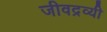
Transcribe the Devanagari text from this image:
जीवद्रव्यी